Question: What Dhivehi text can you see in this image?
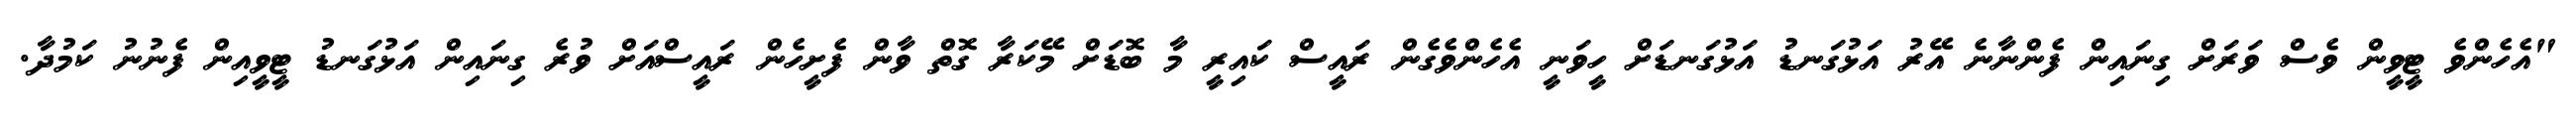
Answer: "އެހެންވެ ޓީވީން ވެސް ވަރަށް ގިނައިން ފެންނާނެ އޭރު އަޅުގަނޑު އަޅުގަނޑަށް ހީވަނީ އެހެންވެގެން ރައީސް ކައިރީ މާ ބޮޑަށް މޭކަރާ ގޮތް ވާން ފެށީހެން ރައީސްއަށް ވުރެ ގިނައިން އަޅުގަނޑު ޓީވީއިން ފެނުނު ކަމުދާ.